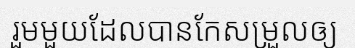
រួមមួយដែលបានកែសម្រួលឲ្យ